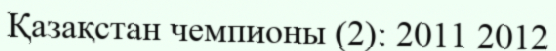
Қазақстан чемпионы (2): 2011 2012